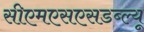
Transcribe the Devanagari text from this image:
सीएमएसएसडब्ल्यू